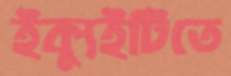
ইক্যুইটিতে